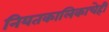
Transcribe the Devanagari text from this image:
नियतकालिकाचेही